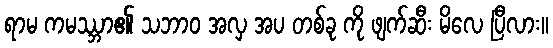
ရာမ ကမဿ္ဘာ၏ သဘာဝ အလှ အပ တစ်ခု ကို ဖျက်ဆီး မိလေ ပြီလား။